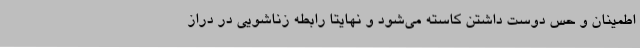
اطمینان و حس دوست داشتن کاسته می‌شود و نهایتا رابطه زناشویی در دراز